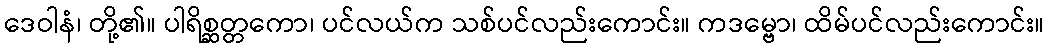
ဒေဝါနံ၊ တို့၏။ ပါရိစ္ဆတ္တကော၊ ပင်လယ်က သစ်ပင်လည်းကောင်း။ ကဒမ္ဗော၊ ထိမ်ပင်လည်းကောင်း။